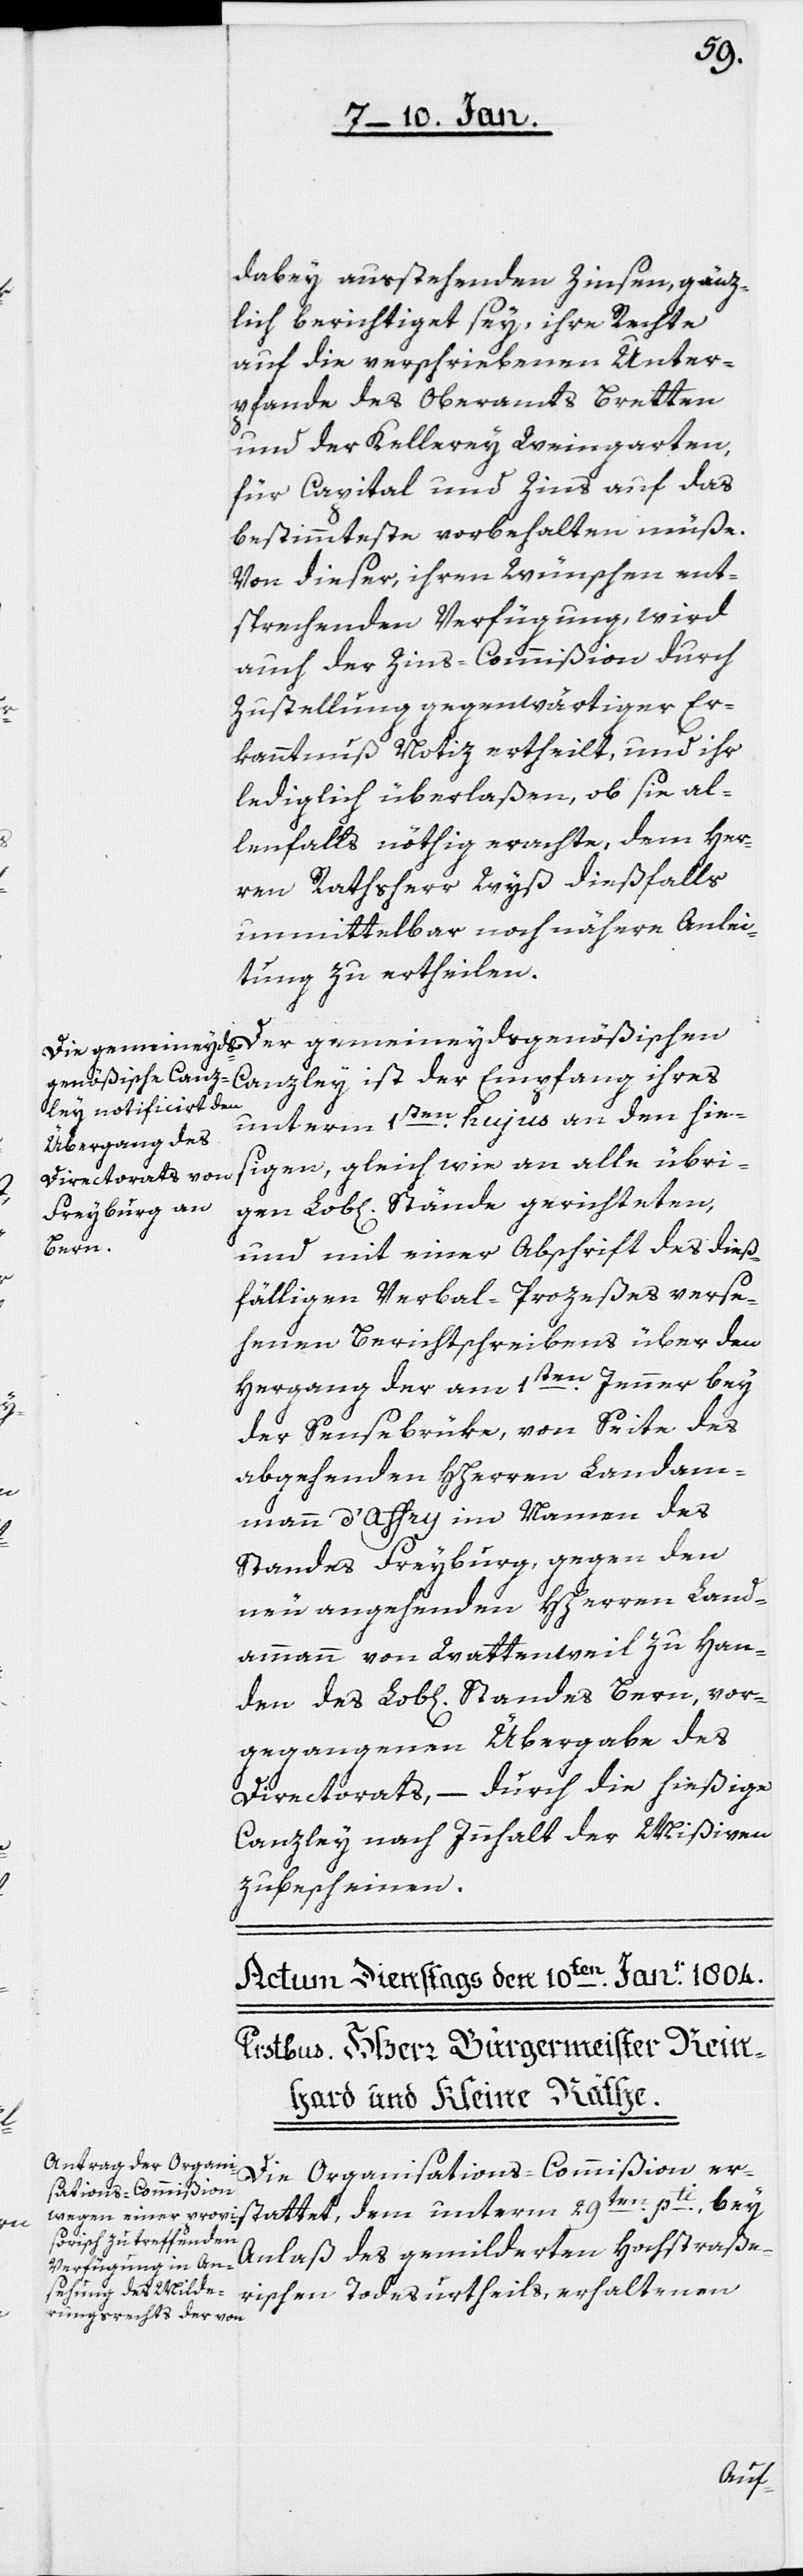
dabey ausstehenden Zinsen, gänz¬
lich berichtiget sey, ihre Rechte
auf die verschiedenen Unter¬
pfande des Oberamts Bretten
und der Kellerey Weingarten,
für Capital und Zins auf das
Bestimmteste vorbehalten müße.
Von dieser, ihren Wünschen ent¬
sprechenden Verfügung, wird
auch der Zins-Commißion durch
Zustellung gegenwärtiger Er¬
kanntnuß Notiz ertheilt, und ihr
lediglich überlaßen, ob sie al¬
lenfalls nöthig erachte, dem Her¬
ren Rathsherr Wyß dießfalls
unmittelbar noch nähere Anlei¬
tung zu ertheilen.
Canzley ist der Empfang ihres
unterm 1sten. hujus an den hie¬
sigen, gleich wie an alle übri¬
gen Lob[lichen] Stände gerichteten,
und mit einer Abschrift des dieß¬
fälligen Verbal-Prozeßes verse¬
henen Berichtschreibens über den
Hergang der am 1sten. Jenner bey
der Sensebrüke, von Seite des
abgehenden HHerren Landam¬
mann d’Affry im Namen des
Standes Freyburg, gegen den
neu angehenden HHerren Land¬
ammann von Wattenweil zu Han¬
den des Lob[lichen] Standes Bern, vor¬
gegangenen Übergabe des
Directorats, – durch die hießige
Canzley nach Innhalt der Mißiven
zubescheinen.
Die Organisations-Commißion er¬
stattet, dem unterm 29sten. pti., bey
Anlaß des gemilderten Hochstraße¬
rischen Todesurtheils, erhaltenen